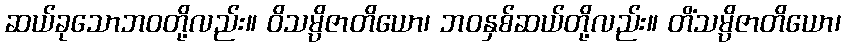
ဆယ်ခုသောဘဝတို့လည်း။ ဝိသမ္ပိဇာတိယော၊ ဘဝနှစ်ဆယ်တို့လည်း။ တိံသမ္ပိဇာတိယော၊